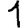
Digit: 1